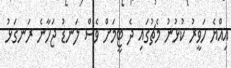
އިއްޔެ ހަވީރު ކުޅުނު މެޗުގައި ދެ ޓީމަށް ވެސް ލަނޑު ޖަހާނެ ރަނގަޅު